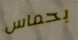
بحماس